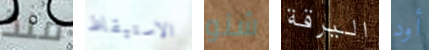
منذ الاستيقاظ شنو اليرقة أود